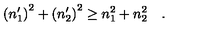
\left( n _ { 1 } ^ { \prime } \right) ^ { 2 } + \left( n _ { 2 } ^ { \prime } \right) ^ { 2 } \ge n _ { 1 } ^ { 2 } + n _ { 2 } ^ { 2 } \quad .